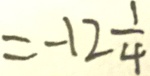
= - 1 2 \frac { 1 } { 4 }